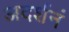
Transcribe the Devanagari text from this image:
अदर्शनं